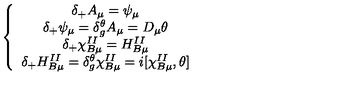
\left\{ \begin{array} { c } { \delta _ { + } A _ { \mu } = \psi _ { \mu } } \\ { \delta _ { + } \psi _ { \mu } = \delta _ { g } ^ { \theta } A _ { \mu } = D _ { \mu } \theta } \\ { \delta _ { + } \chi _ { B \mu } ^ { I I } = H _ { B \mu } ^ { I I } } \\ { \delta _ { + } H _ { B \mu } ^ { I I } = \delta _ { g } ^ { \theta } \chi _ { B \mu } ^ { I I } = i [ \chi _ { B \mu } ^ { I I } , \theta ] } \\ \end{array} \right.